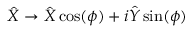
\hat { X } \rightarrow \hat { X } \cos ( \phi ) + i \hat { Y } \sin ( \phi )